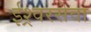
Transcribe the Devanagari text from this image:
ईश्र्वरसेवा